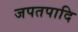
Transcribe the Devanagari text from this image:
जपतपादि